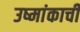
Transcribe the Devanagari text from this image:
उष्मांकाची